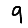
Digit: 9